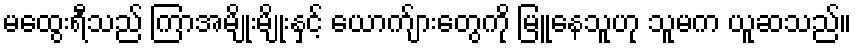
မထွေးရီသည် ကြာအမျိုးမျိုးနှင့် ယောက်ျားတွေကို မြူနေသူဟု သူမက ယူဆသည်။